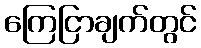
ကြေငြာချက်တွင်